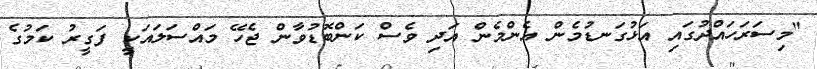
"މިސަރަހައްދުގައި އަޅުގަނޑުމެން އެންމެން އަދި ވެސް ކަންބޮޑުވާން ޖެހޭ މައްސަލައަކީ ފަގީރު ކަމުގެ